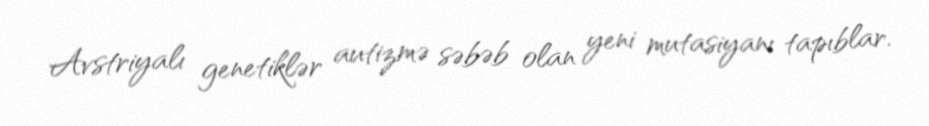
Avstriyalı genetiklər autizmə səbəb olan yeni mutasiyanı tapıblar.